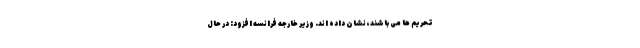
تحریم ها می باشند، نشان داده اند. وزیر خارجه فرانسه افزود: در حال